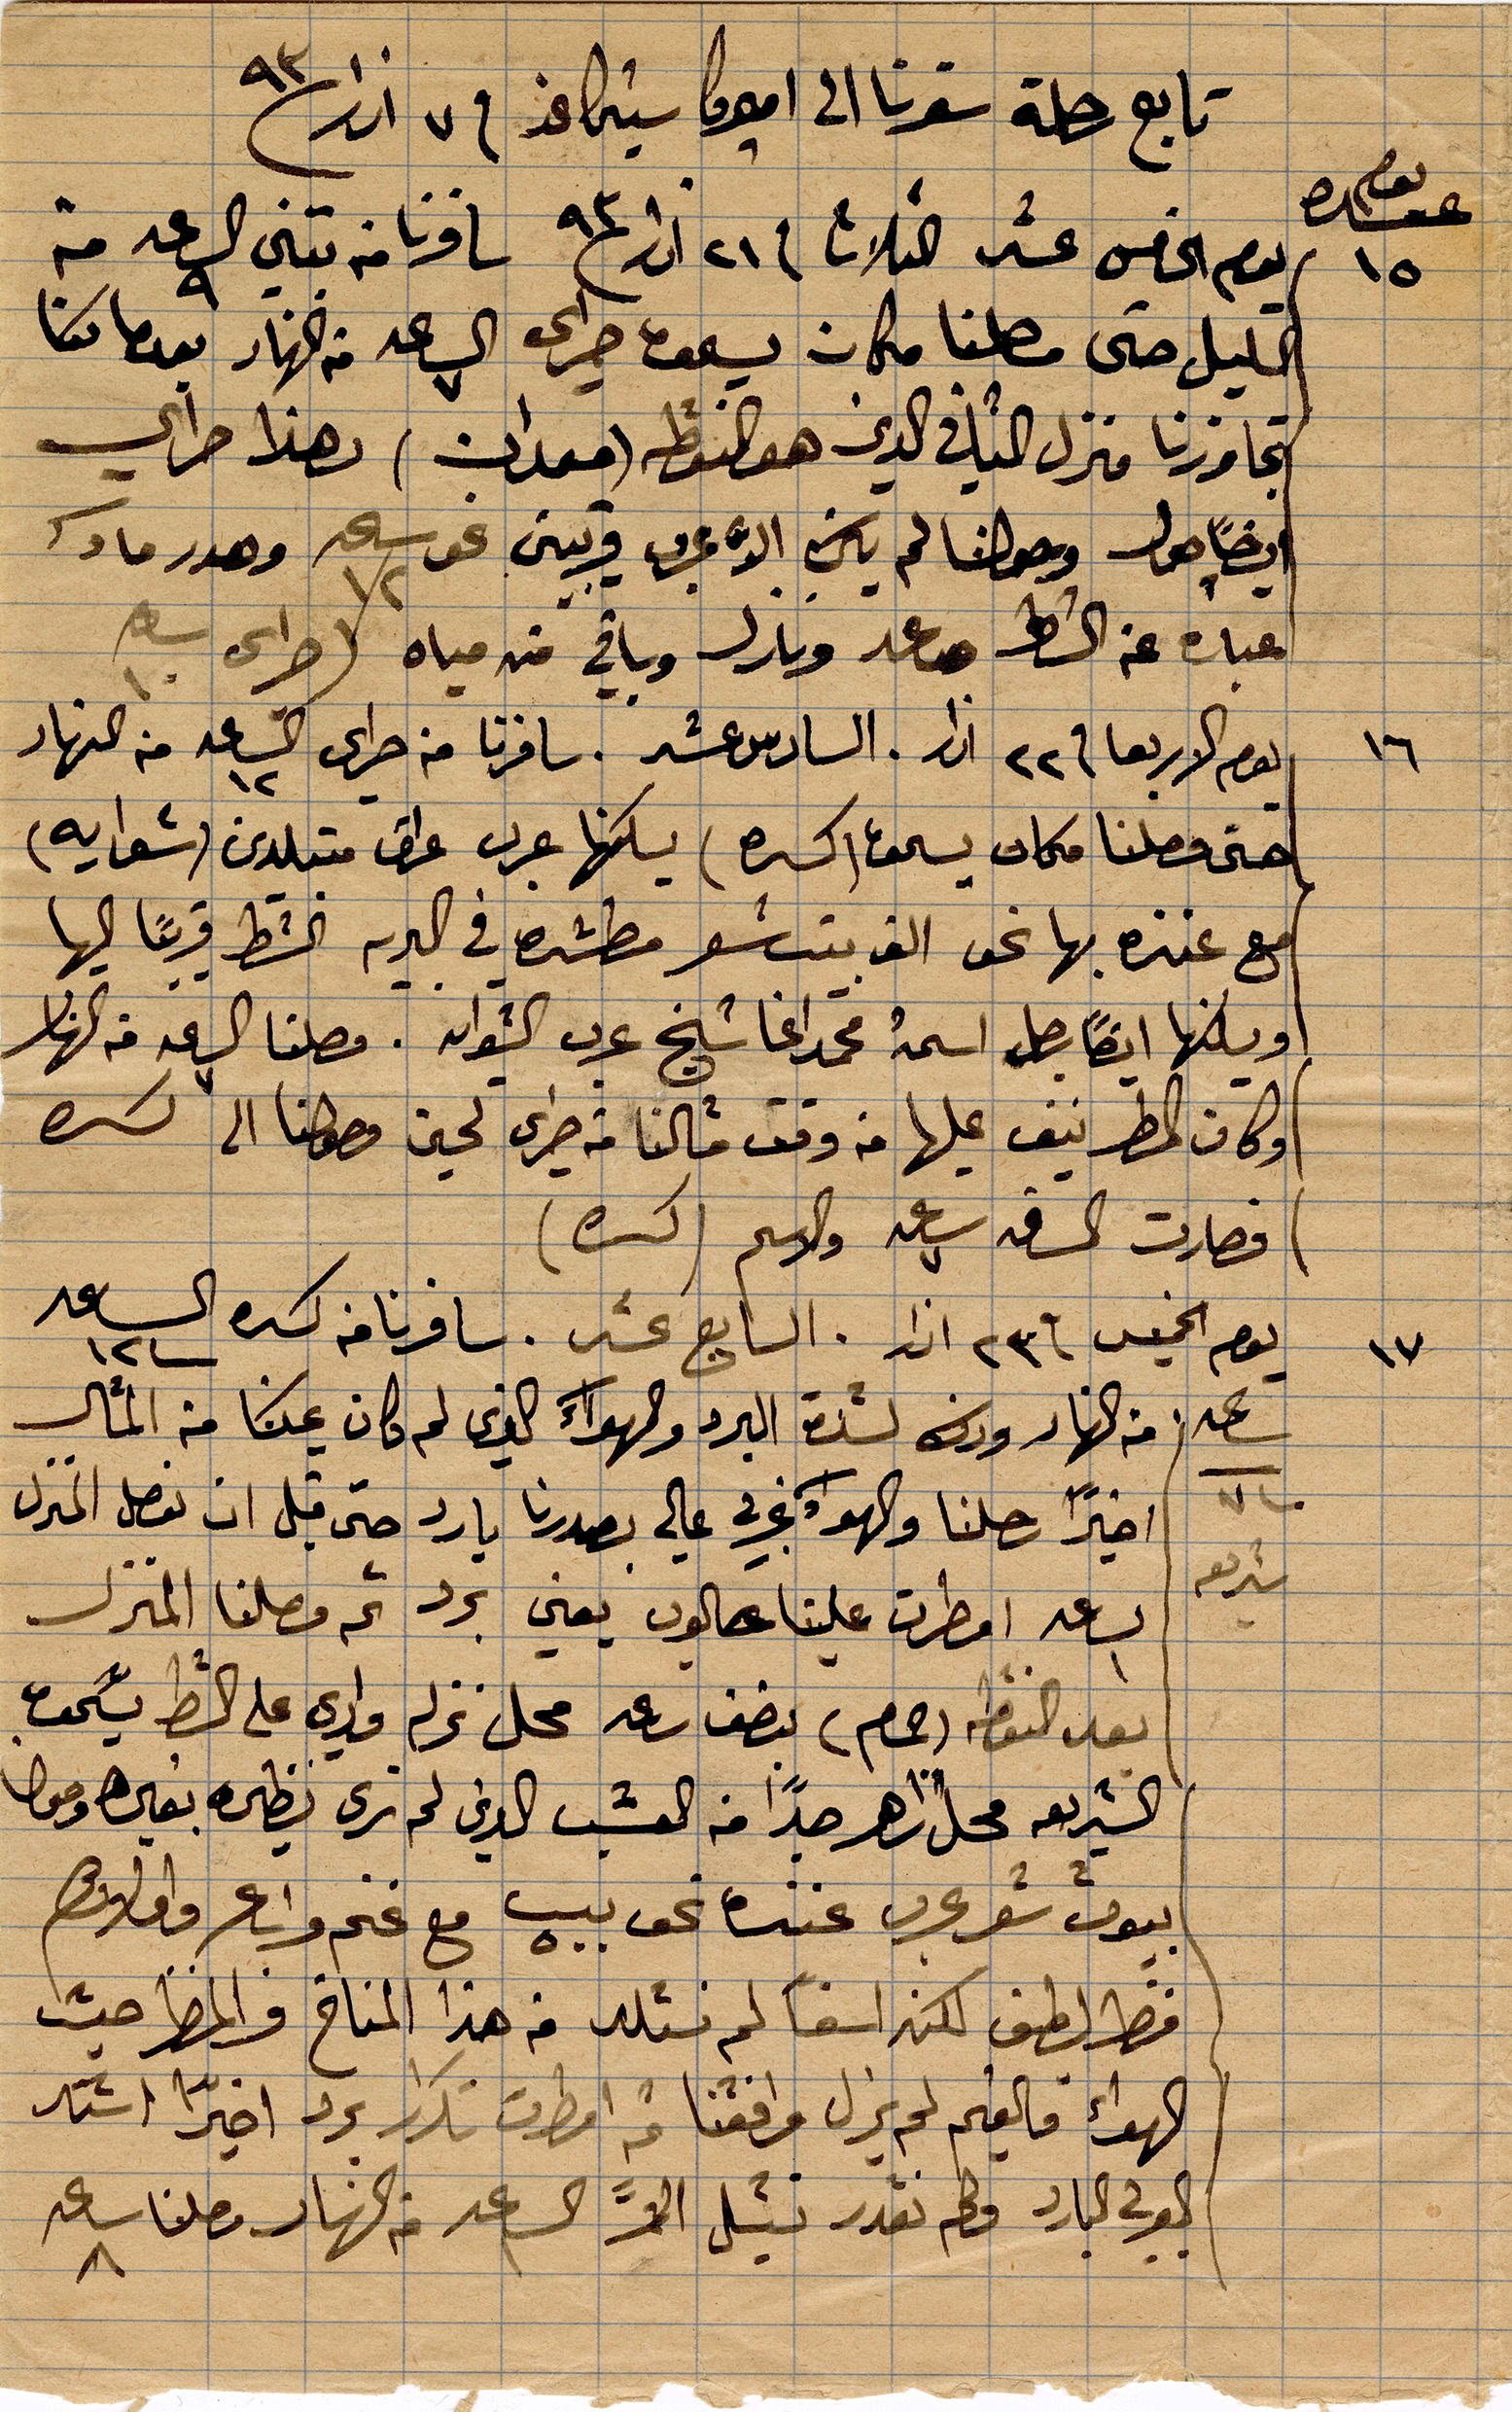
تابع رحلة سفرنا الى اميركا شيكاغو في ٧ اذار ٩٣
يوم الخامس عشر الثلاثا في ٢١ اذار ١٨٩٣ سافرنا من تبني الساعة ٩ من
الليل حتى وصلنا مكان يسحق جراى الساعة ٧ من النهار بعدما بتنا
تجاوزنا منزل ال... الذي هو النقطة (حمدان) وهذا ...
ايضاً حول وحولنا لم يكن الا مجرى فريب من ساعة ١٢ وهدر ...
... عن الشط رعد وبرق وباقي من مياه حراي ...
يوم الاربعا في ٢٢ اذار السادس عشر. سافرنا من حراي الساعة ١٢ من النهار
حتى وصلنا مكان يسحق (كسبره) يسكنها عرب عراق متبلدين (شوايه)
مع عنزه بها نحو الف بيت شعر مطشره في البريه الشط قريبًا اليها
ويسكنها ايضًا رجل اسمه محمد آغا شيخ عرب الشوايه. وصلنا الساعة من النهار
وكان المطر نيف عليها من وقت ما كنا قد جرى لحين وصولنا الى كسره
فصارت الساعة سبعة والاسم (كسب)
يوم الخميس في ٢٣ اذار السابع عشر سافرنا كسره الساعة ١٢
من النهار وذلك لشدة البرد والهواء الذي لم مكان عيشنا من المأكل
اخيرًا رحلنا والهوار يجري على صدرنا بارد حتى قبل ان نصل المنزل
الساعة ١ امطرت علينا ... يعني برد ثم وصلنا المنزل
بعد النقطة (حمام) بنصف رعد محل نزلة وادي على الشط يسحق
الشريعة محل زاهر جدًا من العشب الذي لم ترى نظيره بعين ...
بيوت شعر عرب عنزه نحو بيت مع غنم وراع واملاكهم
فقط لطف لكنه اسفًا لم نتلد في هذا المناخ والمطر حيث
الهواء فالغيم لم يزل واقفنا ثم امطرت تكرارً برد اخيرًا اشتد
 غيوم البارد ولم نقدر .. الا في النهار وصلنا ساعة